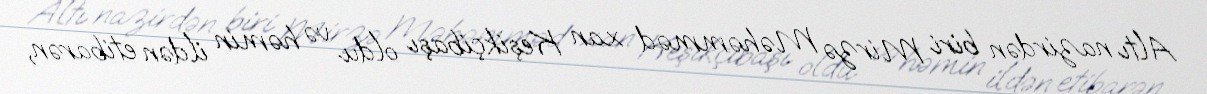
Altı nazirdən biri Mirzə Məhəmməd xan Keşikçibaşı oldu və həmin ildən etibarən,